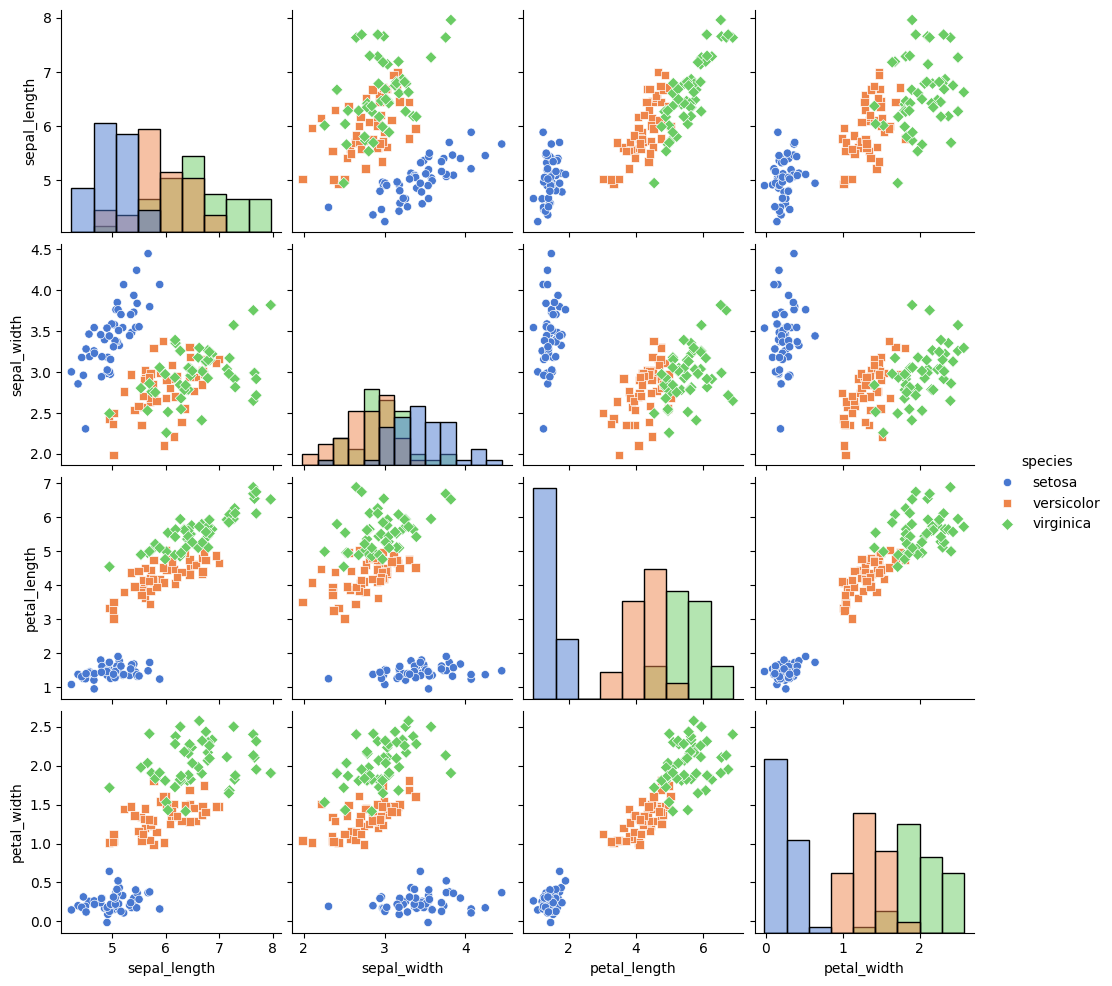
python, seaborn, pairplot, palette='muted', markers=['o', 's', 'D'], kind='scatter', diag_kind='hist'